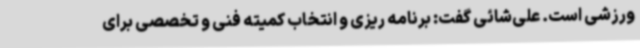
ورزشی است. علی‌شائی گفت: برنامه ریزی و انتخاب کمیته فنی و تخصصی برای